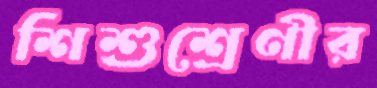
শিশুশ্রেণীর